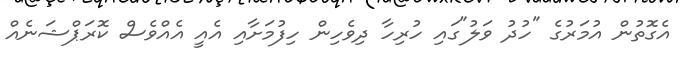
އެގޮތުން އުމަރުގެ "ހުދު ވަލު"ގައި ހުރިހާ ދިވެހިން ހިފުމަށާއި އެއީ އެއްވެސް ކޮރަޕްޝަނެއް